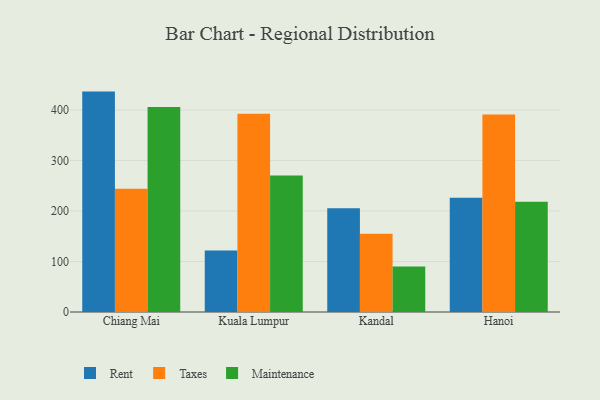
{"axis": {"x": "City", "y": "Website Visitors"}, "legend": ["Maintenance", "Rent", "Taxes"], "data": [{"x": "Chiang Mai", "y": 436.5, "type": "Rent"}, {"x": "Chiang Mai", "y": 244.3, "type": "Taxes"}, {"x": "Chiang Mai", "y": 405.8, "type": "Maintenance"}, {"x": "Kuala Lumpur", "y": 121.8, "type": "Rent"}, {"x": "Kuala Lumpur", "y": 392.7, "type": "Taxes"}, {"x": "Kuala Lumpur", "y": 270.4, "type": "Maintenance"}, {"x": "Kandal", "y": 205.4, "type": "Rent"}, {"x": "Kandal", "y": 155.0, "type": "Taxes"}, {"x": "Kandal", "y": 90.3, "type": "Maintenance"}, {"x": "Hanoi", "y": 226.1, "type": "Rent"}, {"x": "Hanoi", "y": 391.3, "type": "Taxes"}, {"x": "Hanoi", "y": 218.3, "type": "Maintenance"}]}